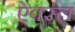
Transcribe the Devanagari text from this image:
ऐक्स्ल